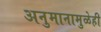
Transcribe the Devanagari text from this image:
अनुमानामुळेही